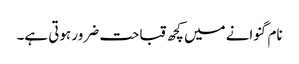
نام گنوانے میں کچھ قباحت ضرور ہوتی ہے۔